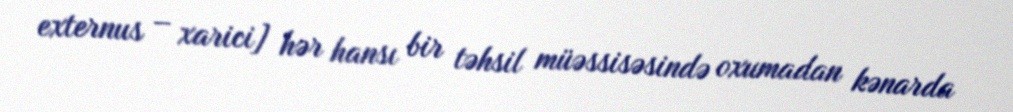
externus – xarici] hər hansı bir təhsil müəssisəsində oxumadan kənarda